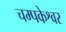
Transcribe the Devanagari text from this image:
चम्पकेश्वर